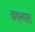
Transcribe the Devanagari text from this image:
वयगत